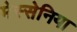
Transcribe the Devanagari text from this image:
मेस्सेनिया